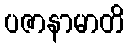
ပဇာနာမာတိ